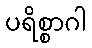
ပရိစ္စာဂါ